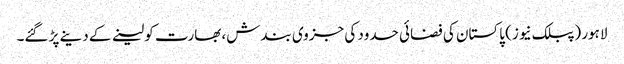
لاہور (پبلک نیوز) پاکستان کی فضائی حدود کی جزوی بندش، بھارت کو لینے کے دینے پڑ گئے۔